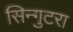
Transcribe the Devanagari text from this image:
सिन्गुटरा